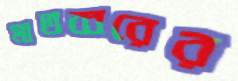
মাতব্বরের